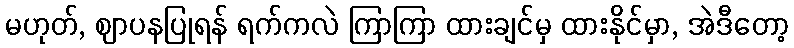
မဟုတ်, ဈာပနပြုရန် ရက်ကလဲ ကြာကြာ ထားချင်မှ ထားနိုင်မှာ, အဲဒီတော့